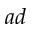
^ { a d }